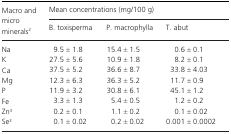
<table><thead><tr><td rowspan="2"><b>Macro and micro minerals2</b></td><td colspan="3"><b>Mean concentrations (mg/100 g)</b></td></tr><tr><td><b>B. toxisperma</b></td><td><b>P. macrophylla</b></td><td><b>T. abut</b></td></tr></thead><tbody><tr><td>Na</td><td>9.5 ± 1.8</td><td>15.4 ± 1.5</td><td>0.6 ± 0.1</td></tr><tr><td>K</td><td>27.5 ± 5.6</td><td>10.9 ± 1.8</td><td>8.2 ± 0.1</td></tr><tr><td>Ca</td><td>37.5 ± 5.2</td><td>36.6 ± 8.7</td><td>33.8 ± 4.03</td></tr><tr><td>Mg</td><td>12.3 ± 6.3</td><td>36.3 ± 5.2</td><td>11.7 ± 0.9</td></tr><tr><td>P</td><td>11.9 ± 3.2</td><td>30.8 ± 6.1</td><td>45.1 ± 1.2</td></tr><tr><td>Fe</td><td>3.3 ± 1.3</td><td>5.4 ± 0.5</td><td>1.2 ± 0.2</td></tr><tr><td>Zn3</td><td>0.2 ± 0.1</td><td>1.1 ± 0.2</td><td>0.1 ± 0.02</td></tr><tr><td>Se3</td><td>0.1 ± 0.02</td><td>0.2 ± 0.02</td><td>0.001 ± 0.0002</td></tr></tbody></table>